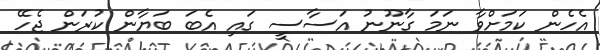
އެހެން ކަމަށްވާ ނަމަ ގާނޫނު އަސާސީ ގައި އެބަ ބަޔާން ކުރަން ޖެހޭ